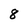
Character: 8